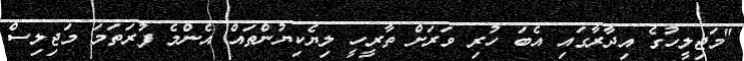
"މަޖިލީހުގެ އިދާރާގައި އެބަ ހުރި ވަރަށް ތާރީހީ ލިޔެކިޔުންތައް އެންމެ ފުރަތަމަ މަޖިލިސް